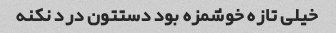
خیلی تازه خوشمزه بود دستتون درد نکنه